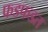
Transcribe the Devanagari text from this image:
फडफडत